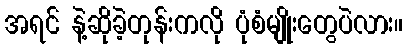
အရင် နဲ့ဆိုခဲ့တုန်းကလို ပုံစံမျိုးတွေပဲလား။